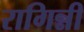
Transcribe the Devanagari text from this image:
रागिन्नी